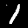
Label: 1